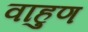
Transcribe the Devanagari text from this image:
वाहुण